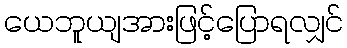
ယေဘူယျအားဖြင့်ပြောရလျှင်